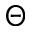
\Theta